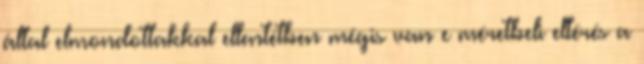
által elmondottakkal ellentétben mégis van e méretbeli eltérés a